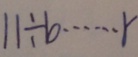
1 1 \div b \cdots r